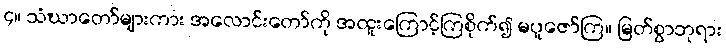
၄။ သံဃာတော်များကား အလောင်းတော်ကို အထူးကြောင့်ကြစိုက်၍ မပူဇော်ကြ။ မြတ်စွာဘုရား